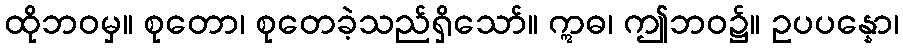
ထိုဘဝမှ။ စုတော၊ စုတေခဲ့သည်ရှိသော်။ ဣဓ၊ ဤဘဝ၌။ ဥပပန္နော၊